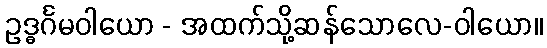
ဥဒ္ဓင်္ဂမဝါယော - အထက်သို့ဆန်သောလေ-ဝါယော။